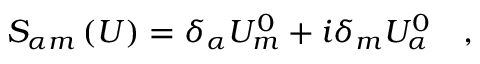
S _ { \alpha m } \left( U \right) = \delta _ { \alpha } U _ { m } ^ { 0 } + i \delta _ { m } U _ { \alpha } ^ { 0 } \quad ,